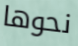
نحوها